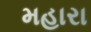
મહારા